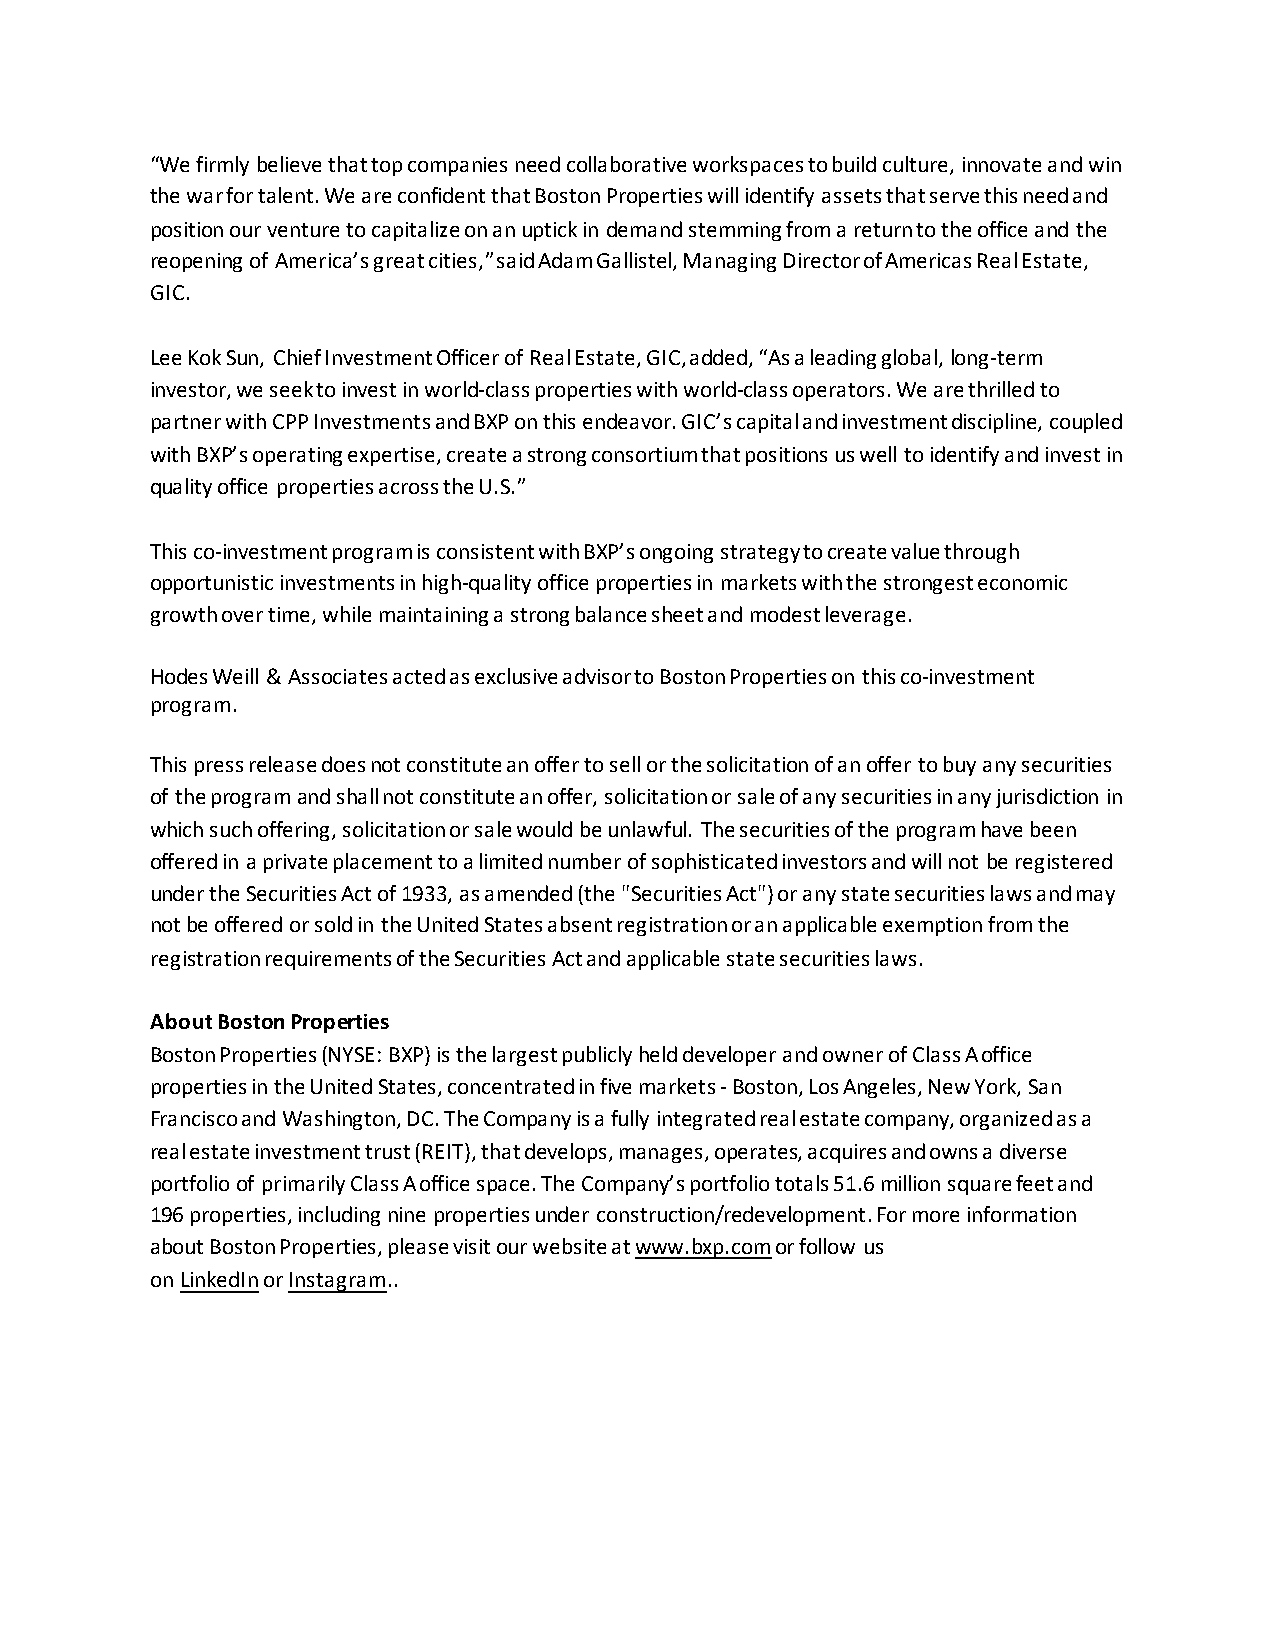
“We firmly believe that top companies need collaborative workspaces to build culture, innovate and win
 the war for talent. We are confident that Boston Properties will identify assets that serve this need and
 position our venture to capitalize on an uptick in demand stemming from a return to the office and the
 reopening of America’s great cities,” said Adam Gallistel, Managing Director of Americas Real Estate,
 GIC.
 Lee Kok Sun, Chief Investment Officer of Real Estate, GIC, added, “As a leading global, long-term
 investor, we seek to invest in world-class properties with world-class operators. We are thrilled to
 partner with CPP Investments and BXP on this endeavor. GIC’s capital and investment discipline, coupled
 with BXP’s operating expertise, create a strong consortium that positions us well to identify and invest in
 quality office properties across the U.S.”
 This co-investment program is consistent with BXP’s ongoing strategy to create value through
 opportunistic investments in high-quality office properties in markets with the strongest economic
 growth over time, while maintaining a strong balance sheet and modest leverage.
 Hodes Weill & Associates acted as exclusive advisor to Boston Properties on this co-investment
 program.
 This press release does not constitute an offer to sell or the solicitation of an offer to buy any securities
 of the program and shall not constitute an offer, solicitation or sale of any securities in any jurisdiction in
 which such offering, solicitation or sale would be unlawful. The securities of the program have been
 offered in a private placement to a limited number of sophisticated investors and will not be registered
 under the Securities Act of 1933, as amended (the "Securities Act") or any state securities laws and may
 not be offered or sold in the United States absent registration or an applicable exemption from the
 registration requirements of the Securities Act and applicable state securities laws.
 About Boston Properties
 Boston Properties (NYSE: BXP) is the largest publicly held developer and owner of Class A office
 properties in the United States, concentrated in five markets - Boston, Los Angeles, New York, San
 Francisco and Washington, DC. The Company is a fully integrated real estate company, organized as a
 real estate investment trust (REIT), that develops, manages, operates, acquires and owns a diverse
 portfolio of primarily Class A office space. The Company’s portfolio totals 51.6 million square feet and
 196 properties, including nine properties under construction/redevelopment. For more information
 about Boston Properties, please visit our website at www.bxp.com or follow us
 on LinkedIn or Instagram..